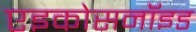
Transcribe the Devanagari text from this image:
एइकोसनॉइड